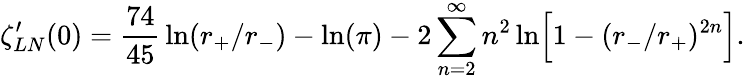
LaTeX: \zeta_{LN}^{\prime}(0)={\frac{74}{45}}\ln(r_{+}/r_{-})-\ln(\pi)-2\sum_{n=2}^{\infty}n^{2}\ln\Bigr[1-(r_{-}/r_{+})^{2n}\Bigr].